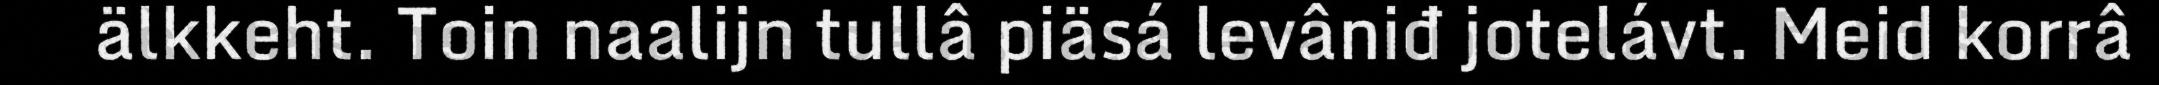
älkkeht. Toin naalijn tullâ piäsá levâniđ jotelávt. Meid korrâ